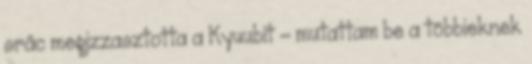
srác megizzasztotta a Kyuubit - mutattam be a többieknek